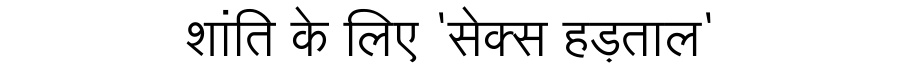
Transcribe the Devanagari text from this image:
शांति के लिए 'सेक्स हड़ताल'